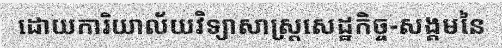
ដោយការិយាល័យវិទ្យាសាស្ត្រសេដ្ឋកិច្ច-សង្គមនៃ